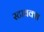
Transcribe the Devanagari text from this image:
स्टायक्स